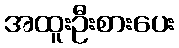
အထူးဦးစားပေး